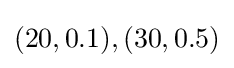
(20,0.1),(30,0.5)